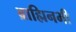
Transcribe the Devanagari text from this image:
ब्राह्मिनभी